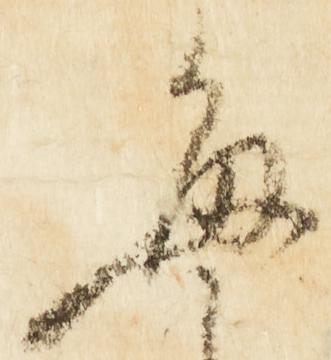
毎